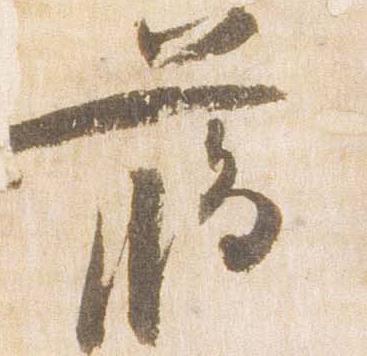
臈